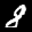
Label: 8